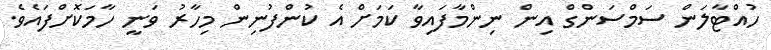
ހުއްޓާލަން ސަމްސަންގް އިން ނިންމާފައިވާ ކަމަށް އެ ކުންފުނިން މިހާރު ވަނީ ހާމަކޮށްފައެވެ.